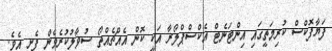
ފަޔާފޮކްސް ކުރިމަތީގައި އިންޓަނެޓް އެކްސްޕްލޯރާ އަކީ ކޮން އެއްޗެއްތޯ ސުވާލުކުރެވެން ފެށި އެވެ.